Leaving Certificate Examination, 1914
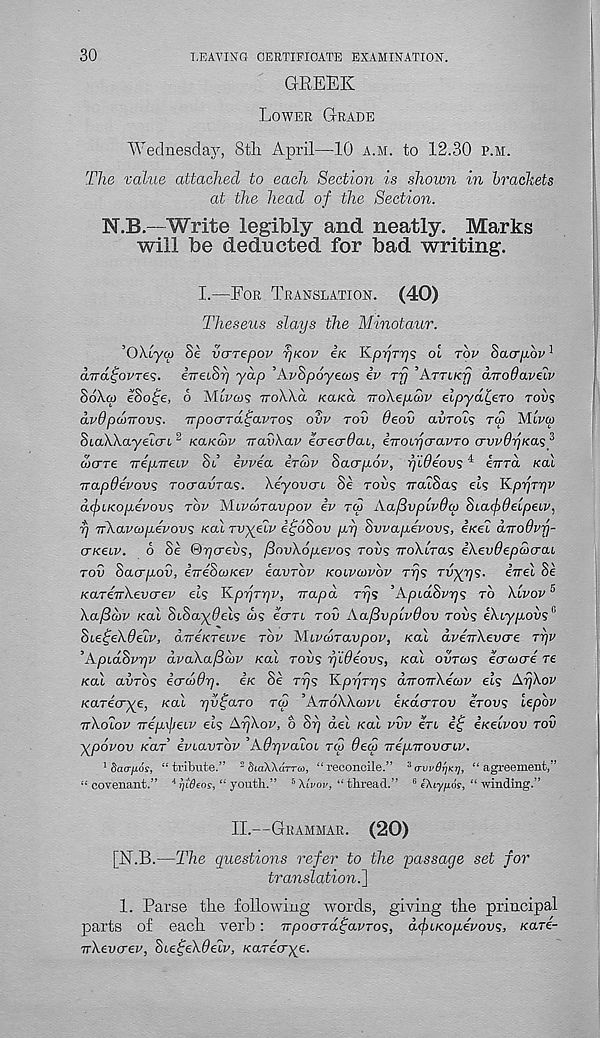
30
LEAVING CERTIFICATE EXAMINATION.
GREEK
Lower Grade
Wednesday, 8tli April—10 a.m. to 12.30 P.M.
The value attached to each Section is shown in brackets
at the head of the Section.
N.B.—Write legibly and neatly. Marks
will be deducted for bad writing.
I.—For Translation. (40)
Theseus slays the Minotaur.
’OXiyw Se vcrrepov r/Kov e/c Kp^Tys oi tov Sacrpbv 1
dird^ovres. eiretS^ yap OWSpoyews iv rfj ’Arrucp dno0aveiv
So\w eSofe, 6 MAoi? ttoXX-o. KaKa Tro'kep.aiv elpya^ero rows
dvdpdnrovs. Trpocrrd^avTO^ ovv tov Oeov avrois toj Mlva>
StaXXayeicrt 2 ko.kmv -jravkav eVecrdat, eTTOiycravTO crwydp/ira? 3
cocrTe Trep.TT€iv Si ivvea irwv Sacrpov, yideovs 4 eirrd kol
Trapdevovs Tocravras. Xeyovcn Se rod? TratSa? els KpyTyv
aefiKoyevovs rbv Mivaraypov iv tu Aa/Svplvdcp SeacfidelpeLV,
r) TT\avu>p.evovs xal rvyelv i^oSov yy Swapevovs, ixei dnoOvy-
(TKeiv. 6 Se <H)ycrevs, f3ov\6p.evos tovs iroXtras iXevOepcocrai
tov Sacrpov, i-rreScoKev eavTov koivcovov Tys TvyrjS- ivel Se
KaTevXevcrev els HLpyryv, Trapd Tys ’ApidSvys to \lvov 5
Xaficbv Kal StSa^dels cos ecrri tov AajdvplvOov tovs e\iyp.ovs > '
Sieife'kdeiv, (nreKTeLve tov McvcoTavpov, Kal dveirkevcre ryv
, ApidSvyv dvaXa/3ciiv Kal tovs yideovs, Kal ovtcos eercocre re
Kal avTOS eercoOy. eK Se Tys Kpyrys dTronXecov els AyXov
Karecrye, Kal yv^aro tm ’AttoWcovi eKacrTOv erovs lepbv
ttXoIov Trep.\jjeLV els AyXov, o Sy del Kal vvv eri
eKelvov tov
Xpovov kut eviavTov , AQyvaioi toj deep Trep.Trovcriv.
1 Saa-fjios, “tribute.” s SiaWdrrm, “reconcile.” 3 crvvdyia), “agreement,”
“covenant.” ‘‘^i'Peof, “ youth.” 5 AiVor, “thread.” 6 eAryfuir, “ ■winding.”
II.—Grammar. (20)
[N.B.—The questions refer to the passage set for
translation.^
1. Parse the following words, giving the principal
parts of each verb: TTpoerTa^avTos, dcjuKoyevovs, Kare-
rrXevcrev, SieifeXdeiv, /carecrye.